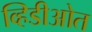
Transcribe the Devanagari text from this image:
व्हिडीओत